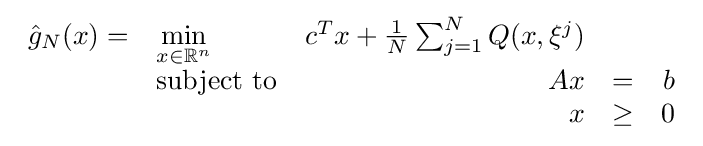
{\begin{array}{rlrrr}{\hat {g}}_{N}(x)=&\min \limits _{x\in \mathbb {R} ^{n}}&c^{T}x+{\frac {1}{N}}\sum _{j=1}^{N}Q(x,\xi ^{j})&\\&{\text{subject to}}&Ax&=&b\\&&x&\geq &0\end{array}}